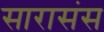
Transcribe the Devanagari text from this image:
सारासंस